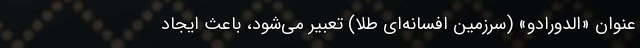
عنوان «اِلدورادو» (سرزمین افسانه‌ای طلا) تعبیر می‌شود، باعث ایجاد